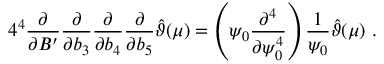
4 ^ { 4 } \frac { \partial } { \partial B ^ { \prime } } \frac { \partial } { \partial b _ { 3 } } \frac { \partial } { \partial b _ { 4 } } \frac { \partial } { \partial b _ { 5 } } \hat { \vartheta } ( \mu ) = \left( \psi _ { 0 } \frac { \partial ^ { 4 } } { \partial \psi _ { 0 } ^ { 4 } } \right) \frac { 1 } { \psi _ { 0 } } \hat { \vartheta } ( \mu ) \ .